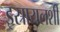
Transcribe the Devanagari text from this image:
इस्रायलशी